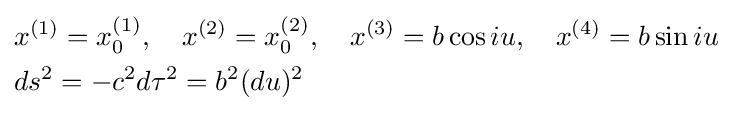
{\begin{aligned}&x^{(1)}=x_{0}^{(1)},\quad x^{(2)}=x_{0}^{(2)},\quad x^{(3)}=b\cos iu,\quad x^{(4)}=b\sin iu\\&ds^{2}=-c^{2}d\tau ^{2}=b^{2}(du)^{2}\end{aligned}}